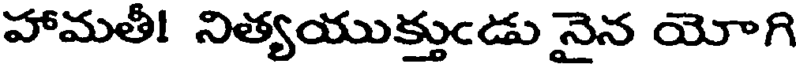
హామతీ! నిత్యయుక్తుండు నైన యోగి